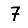
Digit: 7